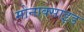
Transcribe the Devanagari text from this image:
मोनाक्साइड